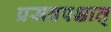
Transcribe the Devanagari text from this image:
प्रसवपश्चात्